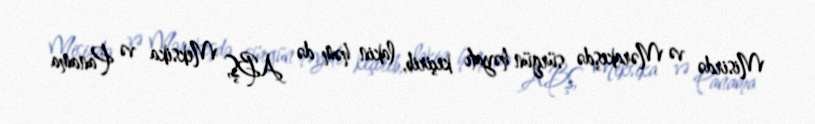
Misirdə və Mərakeşdə sürgün həyatı keçirib, lakin həm də ABŞ, Meksika və Panama